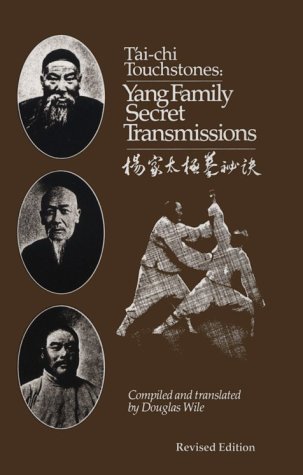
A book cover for Tai Chi Touchstones: Yang Family Secret Transmissions; Douglas Wile; Health, Fitness & Dieting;